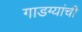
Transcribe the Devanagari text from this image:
गाडग्यांची